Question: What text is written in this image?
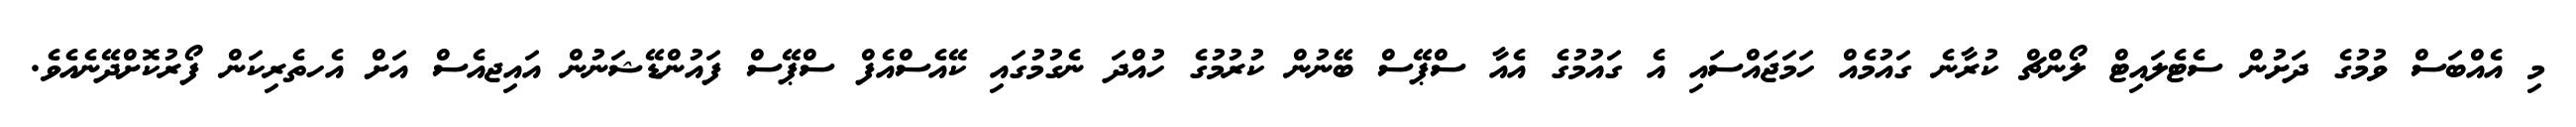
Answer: މި އެއްބަސް ވުމުގެ ދަށުން ސެޓެލައިޓް ލޯންޗް ކުރާނެ ގައުމެއް ހަމަޖައްސައި އެ ގައުމުގެ އެއާ ސްޕޭސް ބޭނުން ކުރުމުގެ ހުއްދަ ނެގުމުގައި ކޭއެސްއެފް ސްޕޭސް ފައުންޑޭޝަނުން އައިޖއެސް އަށް އެހތެރިކަން ފޯރުކޮށްދޭނެއެވެ.